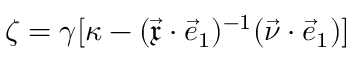
\zeta = \gamma [ \kappa - ( \vec { \mathfrak { x } } \cdot \vec { e } _ { 1 } ) ^ { - 1 } ( \vec { \nu } \cdot \vec { e } _ { 1 } ) ]